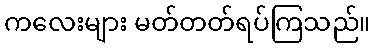
ကလေးများ မတ်တတ်ရပ်ကြသည်။